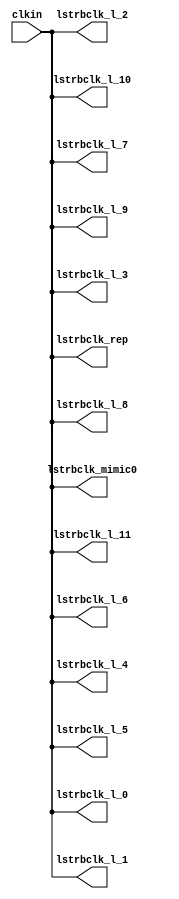
// This program was cloned from: https://github.com/intel/aib-phy-hardware
// License: Apache License 2.0

// SPDX-License-Identifier: Apache-2.0
// Copyright (C) 2019 Intel Corporation. All rights reserved
//------------------------------------------------------------------------
// Copyright (c) 2012 Altera Corporation. All rights reserved.
//
// reproduce without proper written authorization. A copyright
// notice must be reproduced on all authorized copies. Please destroy all
// copies immediately upon receipt if you have not received such
// authorization.
//------------------------------------------------------------------------
// Revision:    $Revision: 1 $
//------------------------------------------------------------------------
// Description: skew-matched clock distribution network
//------------------------------------------------------------------------

`timescale 1ps/1ps

module aibcr3_clktree_mimic 
#(
parameter SKEW_DELAY     = 60   //min:20ps; typ :60ps; max:100ps
)
(
   input  wire         clkin,                   //clock source
   output wire 	       lstrbclk_l_0, 	        //buffered clock
   output wire         lstrbclk_l_1,            //buffered clock
   output wire         lstrbclk_l_2,            //buffered clock
   output wire         lstrbclk_l_3,            //buffered clock
   output wire         lstrbclk_l_4,            //buffered clock
   output wire         lstrbclk_l_5,            //buffered clock
   output wire         lstrbclk_l_6,            //buffered clock
   output wire         lstrbclk_l_7,            //buffered clock
   output wire         lstrbclk_l_8,            //buffered clock
   output wire         lstrbclk_l_9,            //buffered clock
   output wire         lstrbclk_l_10,           //buffered clock
   output wire         lstrbclk_l_11,           //buffered clock
   output wire         lstrbclk_rep, 	        //replica for DLL
   output wire         lstrbclk_mimic0         //mimic path for load matching
);

`ifdef TIMESCALE_EN
  timeunit 1ps;
  timeprecision 1ps;
`endif
  
                assign #SKEW_DELAY lstrbclk_l_0 = clkin;
                assign #SKEW_DELAY lstrbclk_l_1 = clkin;
                assign #SKEW_DELAY lstrbclk_l_2 = clkin;
                assign #SKEW_DELAY lstrbclk_l_3 = clkin;
                assign #SKEW_DELAY lstrbclk_l_4 = clkin;
                assign #SKEW_DELAY lstrbclk_l_5 = clkin;
                assign #SKEW_DELAY lstrbclk_l_6 = clkin;
                assign #SKEW_DELAY lstrbclk_l_7 = clkin;
                assign #SKEW_DELAY lstrbclk_l_8 = clkin;
                assign #SKEW_DELAY lstrbclk_l_9 = clkin;
                assign #SKEW_DELAY lstrbclk_l_10 = clkin;
                assign #SKEW_DELAY lstrbclk_l_11 = clkin;
                assign #SKEW_DELAY lstrbclk_rep = clkin;
                assign #SKEW_DELAY lstrbclk_mimic0 = clkin;

endmodule // aibcr_clktree_mimic